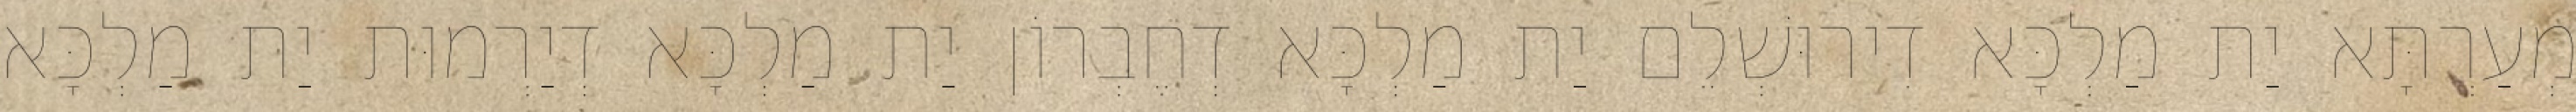
מְעַרְתָּא יַת מַלְכָּא דִירוּשְׁלֵם יַת מַלְכָּא דְחֶבְרוֹן יַת מַלְכָּא דְיַרְמוּת יַת מַלְכָּא